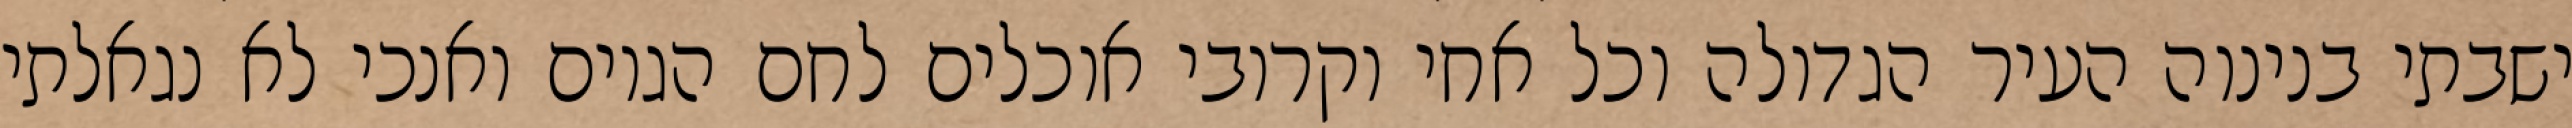
ישבתי בנינוה העיר הגדולה וכל אחי וקרובי אוכלים לחם הגוים ואנכי לא נגאלתי